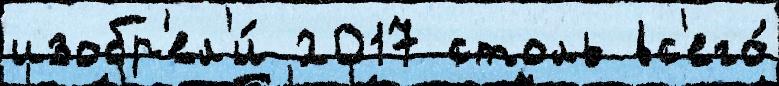
изобр'ел'и́ 2017 столь вс'его́